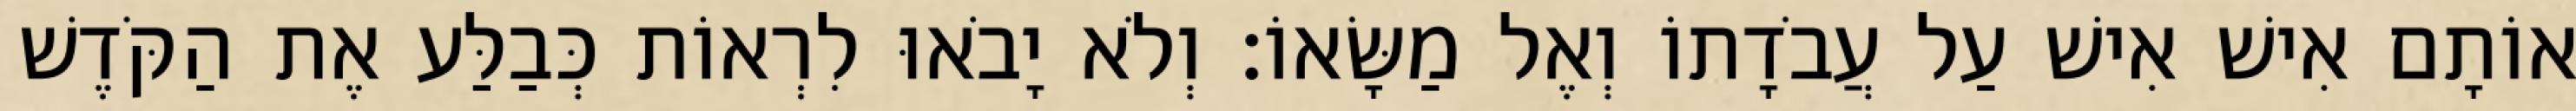
אוֹתָם אִישׁ אִישׁ עַל עֲבֹדָתוֹ וְאֶל מַשָּׂאוֹ׃ וְלֹא יָבֹאוּ לִרְאוֹת כְּבַלַּע אֶת הַקֹּדֶשׁ